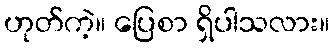
ဟုတ်ကဲ့။ ပြေစာ ရှိပါသလား။